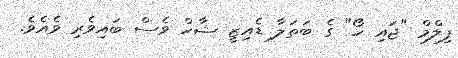
ފިލްމް "ޖައި ހޯ" ގެ ބަތަލާ ޑެއިޒީ ޝާހް ވެސް ބައިވެރި ވެއެވެ.